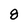
Character: 8